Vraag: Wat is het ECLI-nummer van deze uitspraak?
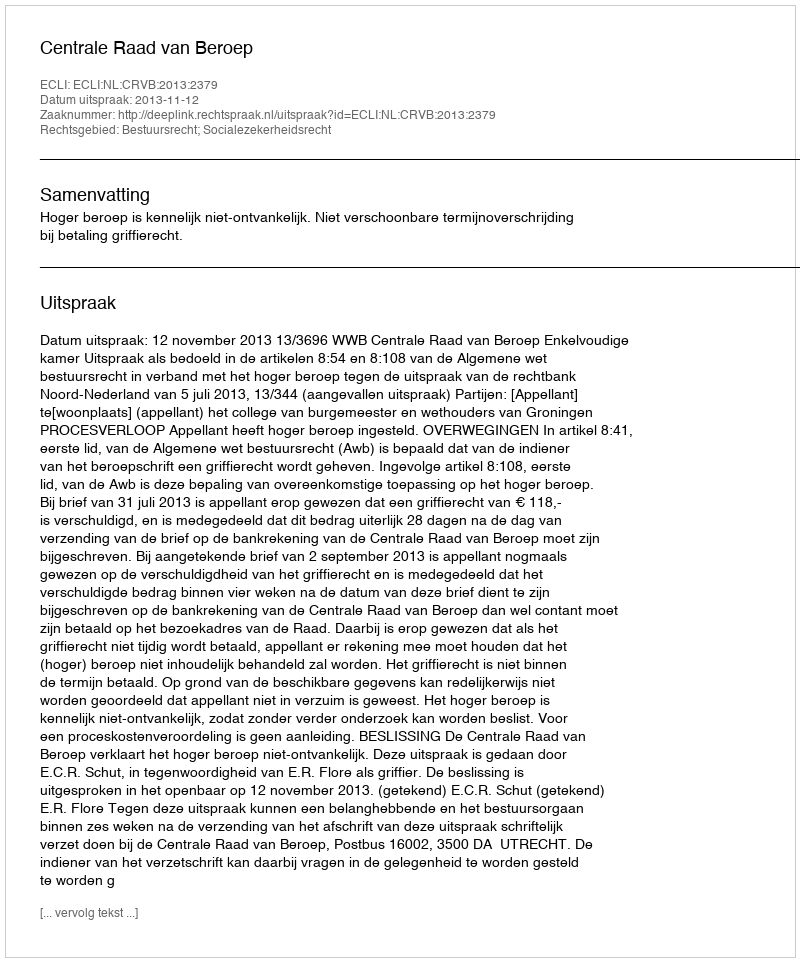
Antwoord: ECLI:NL:CRVB:2013:2379